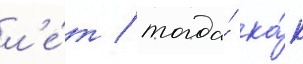
л'е́т / тогда́ ка́к